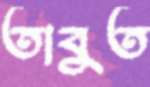
তাবুত